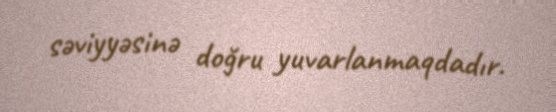
səviyyəsinə doğru yuvarlanmaqdadır.